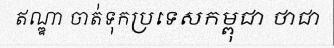
ឥណ្ឌា ចាត់ទុកប្រទេសកម្ពុជា ថាជា